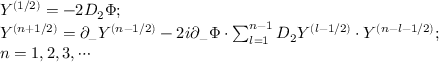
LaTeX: \begin{array} { l } { { Y ^ { ( 1 / 2 ) } = - 2 D _ { 2 } \Phi ; } } \\ { { Y ^ { ( n + 1 / 2 ) } = \partial _ { - } Y ^ { ( n - 1 / 2 ) } - 2 i \partial _ { - } \Phi \cdot \sum _ { l = 1 } ^ { n - 1 } D _ { 2 } Y ^ { ( l - 1 / 2 ) } \cdot Y ^ { ( n - l - 1 / 2 ) } ; } } \\ { { n = 1 , 2 , 3 , \cdots } } \end{array}